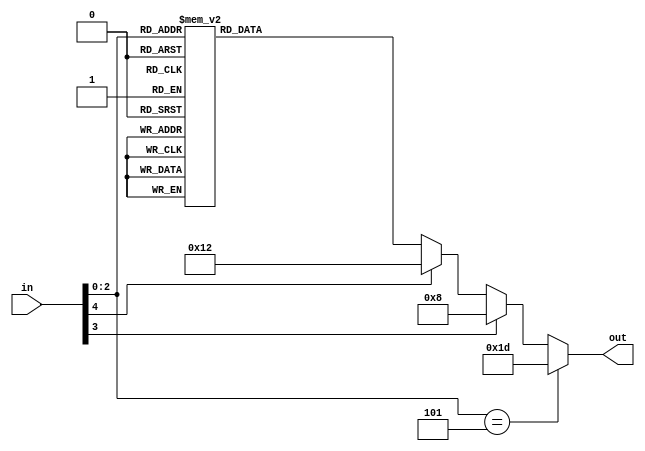
module blockDisp(in,out);
input [4:0]in;
output reg [6:0]out;

//..0
//5...1
//..6
//4...2
//..3
//
//
//
//
//
//ORIGINAL:parameter empty=3'd0, air=3'd1, dirt=3'd2, ground=3'd3, queen=3'd4, wall=3'd5, errorblock=3'd6, tunnel=3'd7;
parameter empty=3'd0, tunnel=3'd1, ground=3'd2, air=3'd3,  dirt=3'd4, queen=3'd5, wall=3'd6, errorblock=3'd7;
always@(*)
begin
	if(in[2:0]==queen)begin
		out<=7'b0011101;//queen
	end else if(in[3]==1'b1)begin
		out<=7'b0001000;//ant
	end else if(in[4]==1'b1) begin
		out<=7'b0010010;//sugar
	end else begin
		case({in[2:0]})
		empty:out<=7'b1111111;//empty
		air:out<=7'b1011111;//air
		dirt:out<=7'b0110001;//dirt
		ground:out<=7'b1001001;//ground
		queen:out<=7'b0011101;//queen
		errorblock:out<=7'b0000110;//ant
		wall:out<=7'b0010010;//sugar
		tunnel:out<=7'b1110110;//tunnel
		default:out <= 7'b0000000;
		endcase
	end
end
endmodule